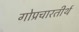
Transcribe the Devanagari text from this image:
गोप्रचारतीर्थ